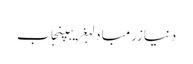
دنیازرمبادلہغریبپنجاب